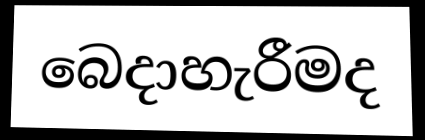
බෙදාහැරීමද